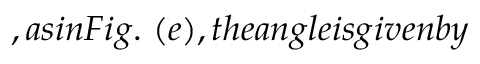
, a s i n F i g . ~ ( e ) , t h e a n g l e i s g i v e n b y